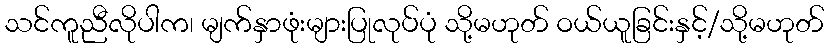
သင်ကူညီလိုပါက၊ မျက်နှာဖုံးများပြုလုပ်ပုံ သို့မဟုတ် ဝယ်ယူခြင်းနှင့်/သို့မဟုတ်